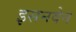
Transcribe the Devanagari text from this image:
इसनवेन